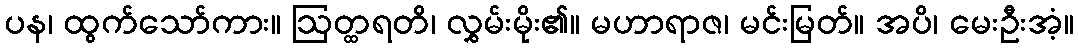
ပန၊ ထွက်သော်ကား။ ဩတ္ထရတိ၊ လွှမ်းမိုး၏။ မဟာရာဇ၊ မင်းမြတ်။ အပိ၊ မေးဦးအံ့။